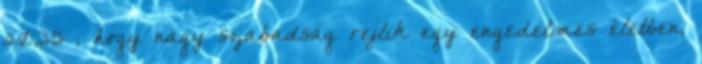
20,35 , hogy nagy szabadság rejlik egy engedelmes életben,